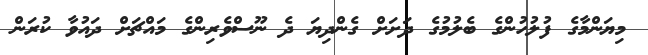
މިޔަންމާގެ ފުލުހުންގެ ބެލުމުގެ ދަށަށް ގެންދިޔަ ދެ ނޫސްވެރިންގެ މައްޗަށް ދައުވާ ކުރަން